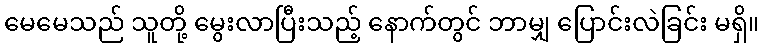
မေမေသည် သူတို့ မွေးလာပြီးသည့် နောက်တွင် ဘာမျှ ပြောင်းလဲခြင်း မရှိ။